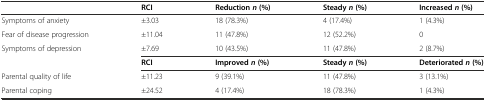
|  | RCI | Reductionn(%) | Steadyn(%) | Increasedn(%) |
 | --- | --- | --- | --- | --- |
 | Symptoms of anxiety | ±3.03 | 18 (78.3%) | 4 (17.4%) | 1 (4.3%) |
 | Fear of disease progression | ±11.04 | 11 (47.8%) | 12 (52.2%) | 0 |
 | Symptoms of depression | ±7.69 | 10 (43.5%) | 11 (47.8%) | 2 (8.7%) |
 |  | RCI | Improvedn(%) | Steadyn(%) | Deterioratedn(%) |
 | Parental quality of life | ±11.23 | 9 (39.1%) | 11 (47.8%) | 3 (13.1%) |
 | Parental coping | ±24.52 | 4 (17.4%) | 18 (78.3%) | 1 (4.3%) |